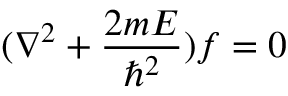
( \nabla ^ { 2 } + \frac { 2 m E } { \hbar ^ { 2 } } ) f = 0